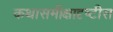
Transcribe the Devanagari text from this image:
कथासमीक्षादृष्टीस